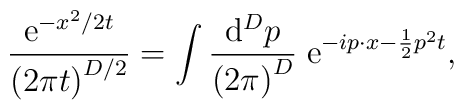
\frac{{\rm e}^{-x^2/2t}}{\left(2\pi t\right)^{D/2}}=\int \frac{{\rm d}^Dp}{\left(2\pi\right)^D}\;{\rm e}^{-i p \cdot x - \frac 1 2 p^2 t},